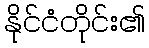
နိုင်ငံတိုင်း၏